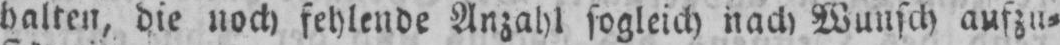
halten, die noch fehlende Anzahl sogleich nach Wunsch aufzu⸗